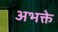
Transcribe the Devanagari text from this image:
अभक्ते